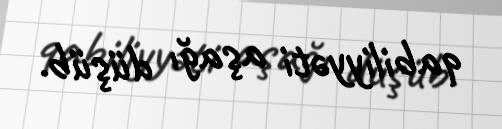
qabiliyyəti aşağı düşüb.